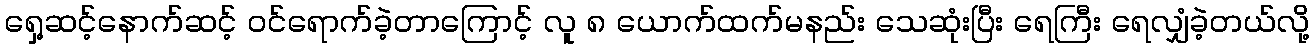
ရှေ့ဆင့်နောက်ဆင့် ဝင်ရောက်ခဲ့တာကြောင့် လူ ၈ ယောက်ထက်မနည်း သေဆုံးပြီး ရေကြီး ရေလျှံခဲ့တယ်လို့